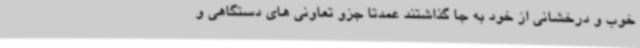
خوب و درخشانی از خود به جا گذاشتند عمدتا جزو تعاونی های دستگاهی و